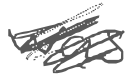
Text: was
Cross-out: scratch
Writing tool: digital_gray